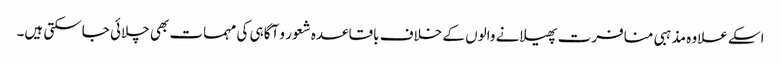
اسکے علاوہ مذہبی منافرت پھیلانے والوں کے خلاف باقاعدہ شعور و آگاہی کی مہمات بھی چلائی جاسکتی ہیں۔